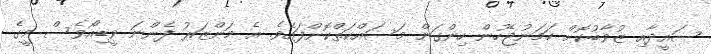
ސައީދާއި ޒުވާބުކޮށް ހަމަނުޖެހުން ހިންގަން މަސައްކަތްކޮށްފައެވެ. އެ މަންޒަރު ފެންނަ ވީޑިއޯވެސް މީގެ